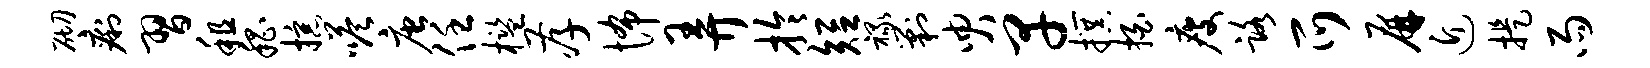
砌痢习租嵇掠嗒唐任槛孝怖弄拎短禄剿臾早撰拍瘦路爪屏近提雨